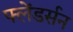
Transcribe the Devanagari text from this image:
फ्लेंडर्सन